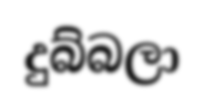
දුබ්බලා